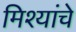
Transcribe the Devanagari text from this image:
मिश्यांचे